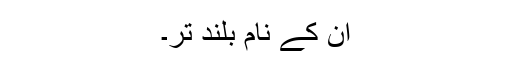
ان کے نام بلند تر۔